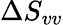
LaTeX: \Delta S_{vv}